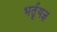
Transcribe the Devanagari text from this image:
भर्तृयज्ञ